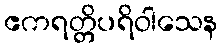
ဧကရတ္တိပရိဝါသေန